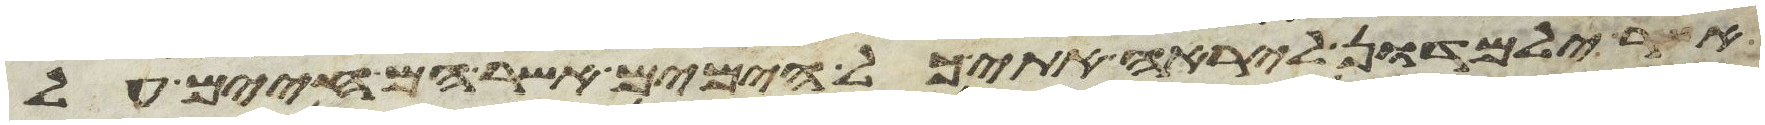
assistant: אשר ילמדון ליראה אתי כל הימים אשר הם חיים על